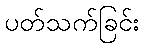
ပတ်သက်ခြင်း